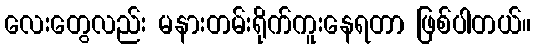
လေးတွေလည်း မနားတမ်းရိုက်ကူးနေရတာ ဖြစ်ပါတယ်။